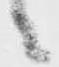
々